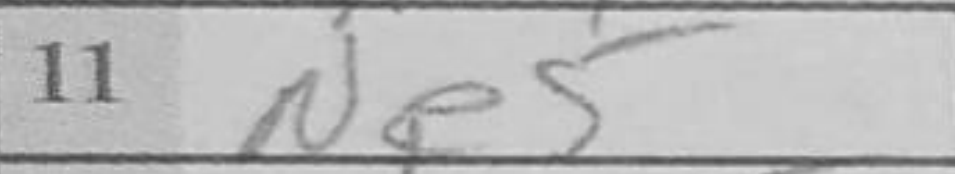
Transcription: Ne5